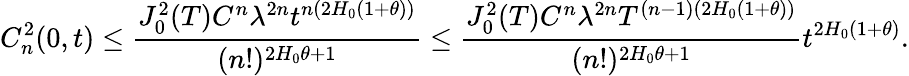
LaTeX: C_{n}^{2}(0,t)\leq\frac{J_{0}^{2}(T)C^{n}\lambda^{2n}t^{n(2H_{0}(1+\theta))}}{(n!)^{2H_{0}\theta+1}}\leq\frac{J_{0}^{2}(T)C^{n}\lambda^{2n}T^{(n-1)(2H_{0}(1+\theta))}}{(n!)^{2H_{0}\theta+1}}t^{2H_{0}(1+\theta)}.